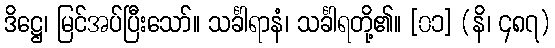
ဒိဋ္ဌေ၊ မြင်အပ်ပြီးသော်။ သင်္ခါရာနံ၊ သင်္ခါရတို့၏။ [၀၁] (နိ၊ ၄၈၇)